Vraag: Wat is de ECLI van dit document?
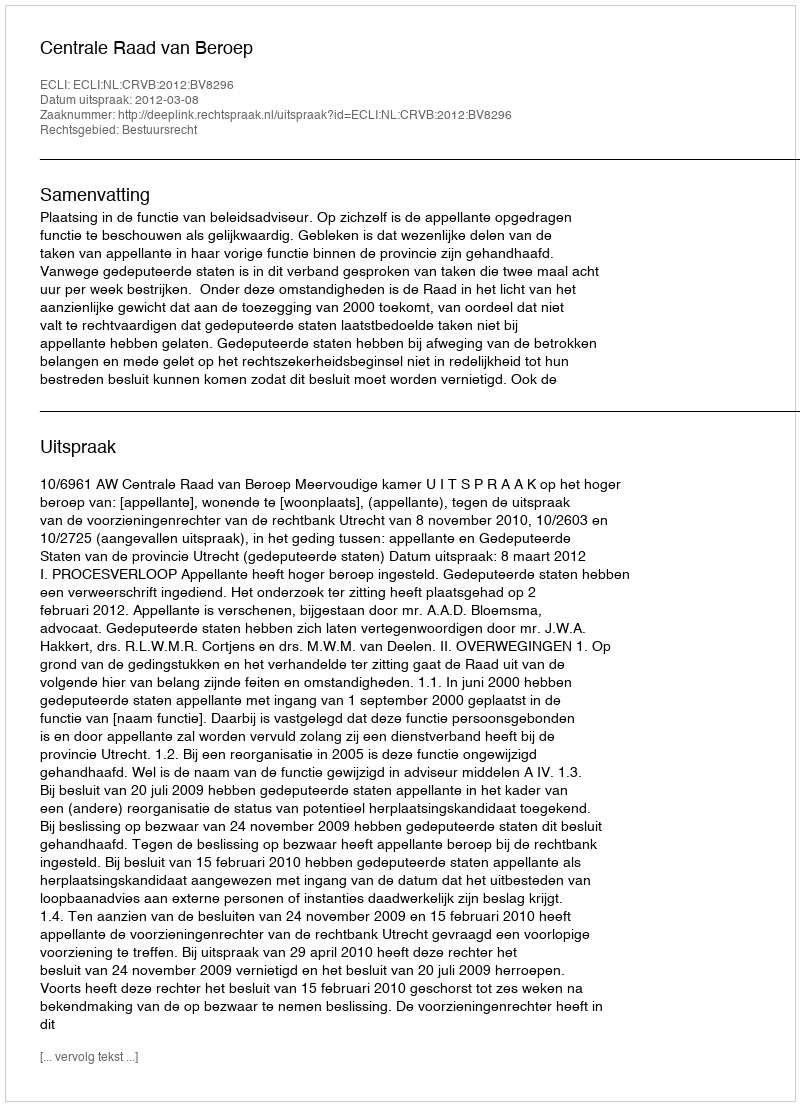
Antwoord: ECLI:NL:CRVB:2012:BV8296